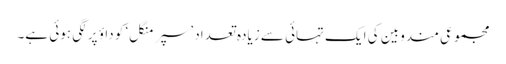
مجموعی مندوبین کی ایک تہائی سے زیادہ تعداد ’سپر منگل‘ کو داؤ پر لگی ہوئی ہے۔